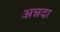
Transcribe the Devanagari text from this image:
अन्नदा